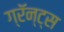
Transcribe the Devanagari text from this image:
ग्रॅन्ट्स